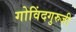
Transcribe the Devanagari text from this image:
गोविंदगुरुजी